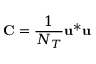
\mathbf { C } = \frac { 1 } { N _ { T } } \mathbf { u } ^ { * } \mathbf { u }